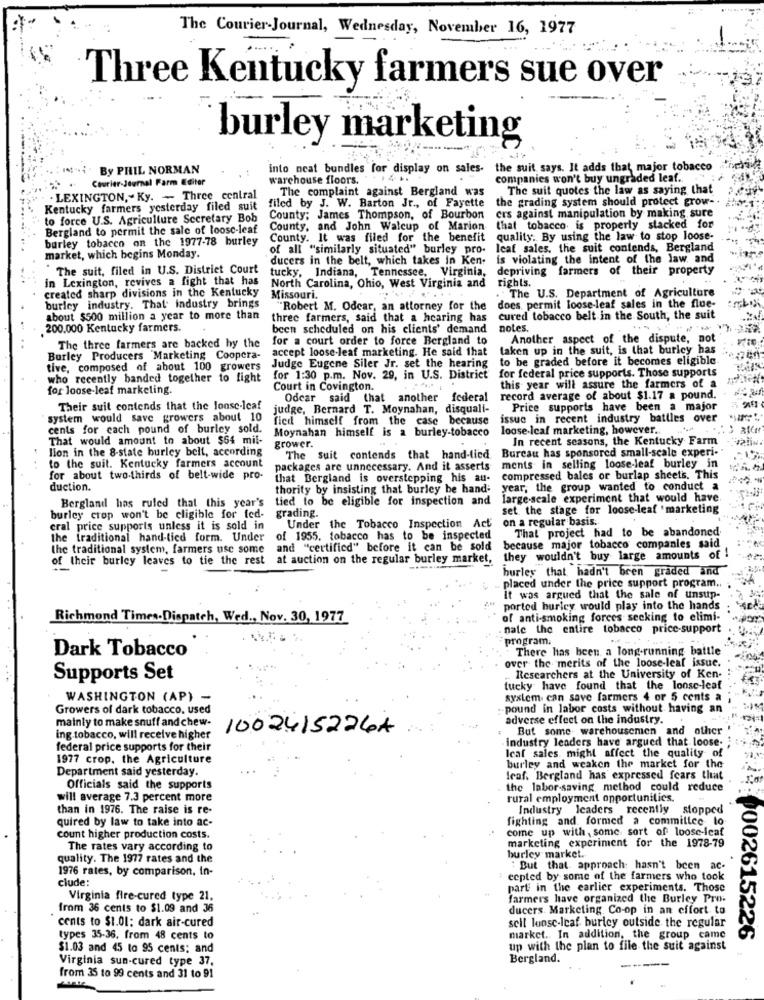
The Courier-Journal, Wednesday, November 16, 1977
Three Kentucky farmers sue over
burley marketing
By PHIL NORMAN
into neat bundles for display on sales-
the suit says. It adds that major tobacco
Courier-Journal Farm Editer
warehouse floors.
.41
companies won't buy ungraded leaf ..
The complaint against Bergland was
The suit quotes the law as saying that
. LEXINGTON," Ky. - Three central
the grading system should protect grow -.
Kentucky farmers yesterday filed suit
filed by J. W. Barton Jr ., of Fayette
to force U.S. Agriculture Secretary Bob
County; James Thompson, of Bourbon
crs against manipulation by making sure
Bergland to permit the sale of loose-leaf
County, and John Walcup of Marion
that tobacco is properly stacked for
burley tobacco on the 1977-78 burley
County. It was filed for the benefit quality. By using the law to stop loose-
of all "similarly situated" burley pro-
leaf sales, the suit contends, Bergland
market, which begins Monday.
ducers in the belt, which takes in Ken.
is violating the intent of the law and
The suit, filed in U.S. District Court
tucky, Indiana, Tennessee, Virginia,
depriving farmers of their property
In Lexington, revives a fight that has
created sharp divisions in the Kentucky
North Carolina, Ohio, West Virginia and
.The U.S. Department of Agriculture
rights.
Missouri.
burley industry. That industry brings
"Robert M. Odear, an attorney for the does permit loose-leaf sales in the flue-
about $500 million a year to more than
three farmers, said that a hearing has
cured tobacco belt in the South, the suit
200.000 Kentucky farmers.
been scheduled on his clients' demand
notes.
for a court order to force Bergland to
Another aspect of the dispute, not
The three farmers are backed by the
accept loose-leaf marketing. He said that
taken up in the suit, is that burley has
Burley Producers Marketing Coopera-
to be graded before it becomes eligible.
tive, composed of about 100 growers
Judge Eugene Siler Jr. set the hearing
for federal price supports. Those supports
who recently banded together to fight
for 1:30 p.m. Nov. 29, in U.S. District
this year will assure the farmers of a
for loose-leaf marketing.
Court in Covington.
Odcar said that another federal
record average of about $1.17 a pound.
Their suit contends that the loose-leaf
judge, Bernard T. Moynahan, disquali-
Price supports have been a major
system would save growers about 10
fied himself from the case because
issue in recent industry battles over
loose-Icaf marketing, however.
cents for cach pound of burley sold. Moynahan himself is a burley-tobacco
That would amount to about $64 mil-
In recent seasons, the Kentucky Farm
lion in the 8-state burley belt, according
grower.
Bureau has sponsored small-scale experi-"
The suit contends that hand-tied
to the suit. Kentucky farmers account
packages are unnecessary. And it asserts ments in selling loose-leaf burley in
for about two-thirds of belt-wide pro-
that Bergland is overstepping his au-
compressed bales or burlap sheets. This
duction.
thority by insisting that burley be hand: year, the group wanted to conduct a
Bergland has ruled that this year's tied to be eligible for inspection and
large-scale experiment that would have.
set the stage for loose-leaf 'marketing
burley crop won't be eligible for fed-
grading.
on a regular basis.
cral price supports unless it is sold in
Under the Tobacco Inspection Act
That project had to be abandoned
the traditional hand-tied form. Under
of 1955, tobacco has to be inspected
the traditional system, farmers use some
and "certified" before it can be sold
because major tobacco companies said
of their burley leaves to tie the rest
at auction on the regular burley market,
they wouldn't buy large amounts of !
burley that hadn't been graded and
placed under the price support program ..
it was argued that the sale of unsup-
ported burley would play into the hands
Richmond Times-Dispatch, Wed ., Nov. 30, 1977
of anti-smoking forces seeking to elimi-
nale the entire tobacco price-support
program.
There has been a long-running battle
Dark Tobacco
over the merits of the loose-leaf issue.
Supports Set
. Researchers at the University of Ken-
tucky have found that the loose-leaf
WASHINGTON (AP) -
system. can save farmers 4 or 5 cents a
Growers of dark tobacco. used
-pound in labor costs without having an
mainly to make snuff and chew-
adverse effect on the industry ..
10024152264
But some warehousemen and other
ing tobacco, will receive higher
industry leaders have argued that loose.
federal price supports for their
Icaf sales. might affect the quality of
1977 crop. the Agriculture
Department said yesterday.
burley and weaken the market for the
fraf. Bergland has expressed fears that
Officials said the supports
the labor-saving method could reduce
will average 7.3 percent more
rural employment opportunities.
than in 1976. The raise is re-
Industry leaders recently
stopped
quired by law to take into ac-
fighting and. formed a commillce lo
come up with,some sort of loose-leaf
count higher production costs.
The rates vary according to
marketing experiment for the 1978-79
quality. The 1977 rates and the
burley market.
1976 rates, by comparison, in-
" But that approach: hasn't been ac-
clude:
ccpted by some of the farmers who took
part in the earlier experiments. Those
Virginia fire-cured type 21.
farmers have organized the Burley Pro.
from 36 cents to $1.09 and 36
ducers. Marketing Co-op in an effort to
cents to $1.01; dark air-cured
seil lunse-leaf- burley outside the regular
types 35-36. from 48 cents to
market. In addition, the group came
2E :0002615226
$1.03 and 45 to 95 cents; and
up with the plan to file the suit against
Virginia sun-cured type 37.
Bergland.
from 35 to 99 cents and 31 to 91